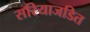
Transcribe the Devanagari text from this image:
सरियाजडित